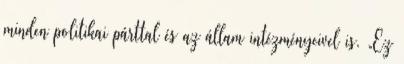
minden politikai párttal és az állam intézményeivel is. „Ez